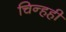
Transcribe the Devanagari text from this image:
चिन्हही